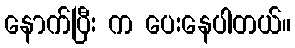
နောက်ပြီး က ပေးနေပါတယ်။